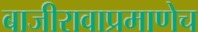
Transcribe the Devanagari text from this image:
बाजीरावाप्रमाणेच